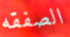
الصفقه